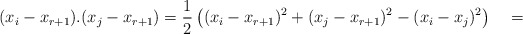
\begin{align*}(x_i-x_{r+1}).(x_j-x_{r+1})=\frac{1}{2}\left((x_i-x_{r+1})^2+(x_j-x_{r+1})^2-(x_i-x_j)^2\right)\quad=\qquad\end{align*}